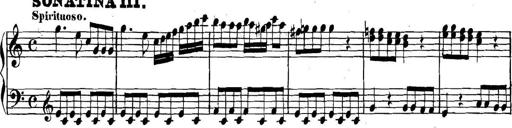
Title: Collected Piano Sonatas
Composer: Muzio Clementi